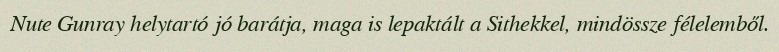
Nute Gunray helytartó jó barátja, maga is lepaktált a Sithekkel, mindössze félelemből.